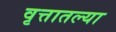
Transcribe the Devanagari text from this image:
वृत्तातल्या